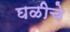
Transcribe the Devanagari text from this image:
घळीचे